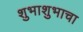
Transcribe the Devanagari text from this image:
शुभाशुभाचा